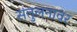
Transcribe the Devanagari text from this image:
संतुलनावर